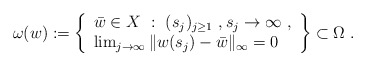
\begin{align*}\omega(w) := \left\{\begin{array}{l}\bar{w} \in X\ :\ (s_j)_{j\ge 1}\ , s_j\to\infty\ ,\\ \lim_{j\to \infty} \|w(s_j)-\bar{w} \|_\infty = 0\end{array} \right\} \subset \Omega\ . \end{align*}